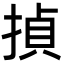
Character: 揁